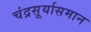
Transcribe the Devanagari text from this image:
चंद्रसूर्यासमान